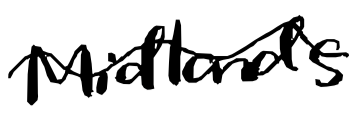
Text: Midlands
Cross-out: wave
Writing tool: digital_black